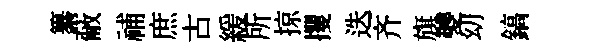
纂蔽𥙷庶古緩所掠攫迭齐旗夔㓜鎬